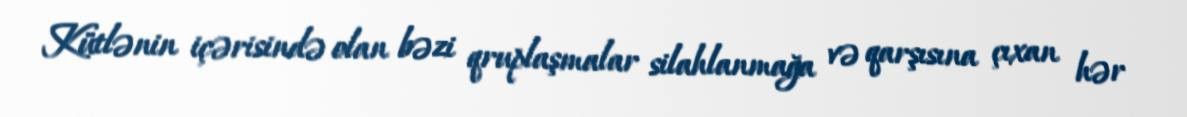
Kütlənin içərisində olan bəzi qruplaşmalar silahlanmağa və qarşısına çıxan hər